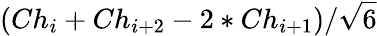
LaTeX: (Ch_{i}+Ch_{i+2}-2*Ch_{i+1})/\sqrt{6}